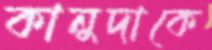
কানুদাকে